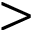
>